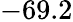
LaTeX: -69.2